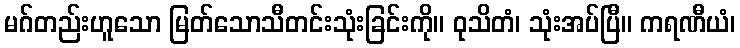
မဂ်တည်းဟူသော မြတ်သောသီတင်းသုံးခြင်းကို။ ဝုသိတံ၊ သုံးအပ်ပြီ။ ကရဏီယံ၊